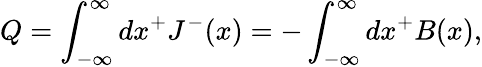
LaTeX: Q=\int_{-{\infty}}^{\infty}dx^{+}J^{-}(x)=-\int_{-{\infty}}^{\infty}dx^{+}B(x),